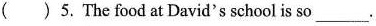
( ) 5. The food at David's school is so ___.